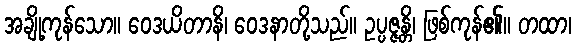
အချို့ကုန်သော။ ဝေဒယိတာနိ၊ ဝေဒနာတို့သည်။ ဥပ္ပဇ္ဇန္တိ၊ ဖြစ်ကုန်၏။ တထာ၊